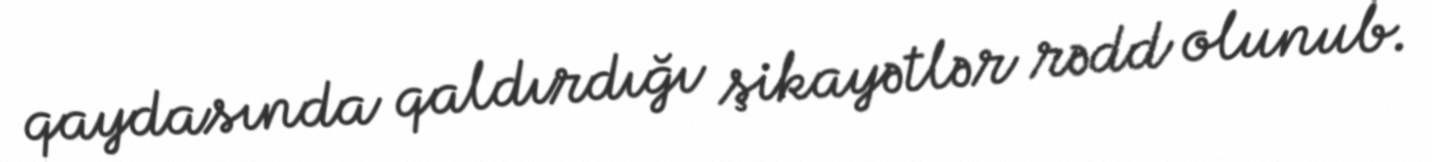
qaydasında qaldırdığı şikayətlər rədd olunub.